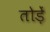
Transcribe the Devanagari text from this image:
तोड़ें